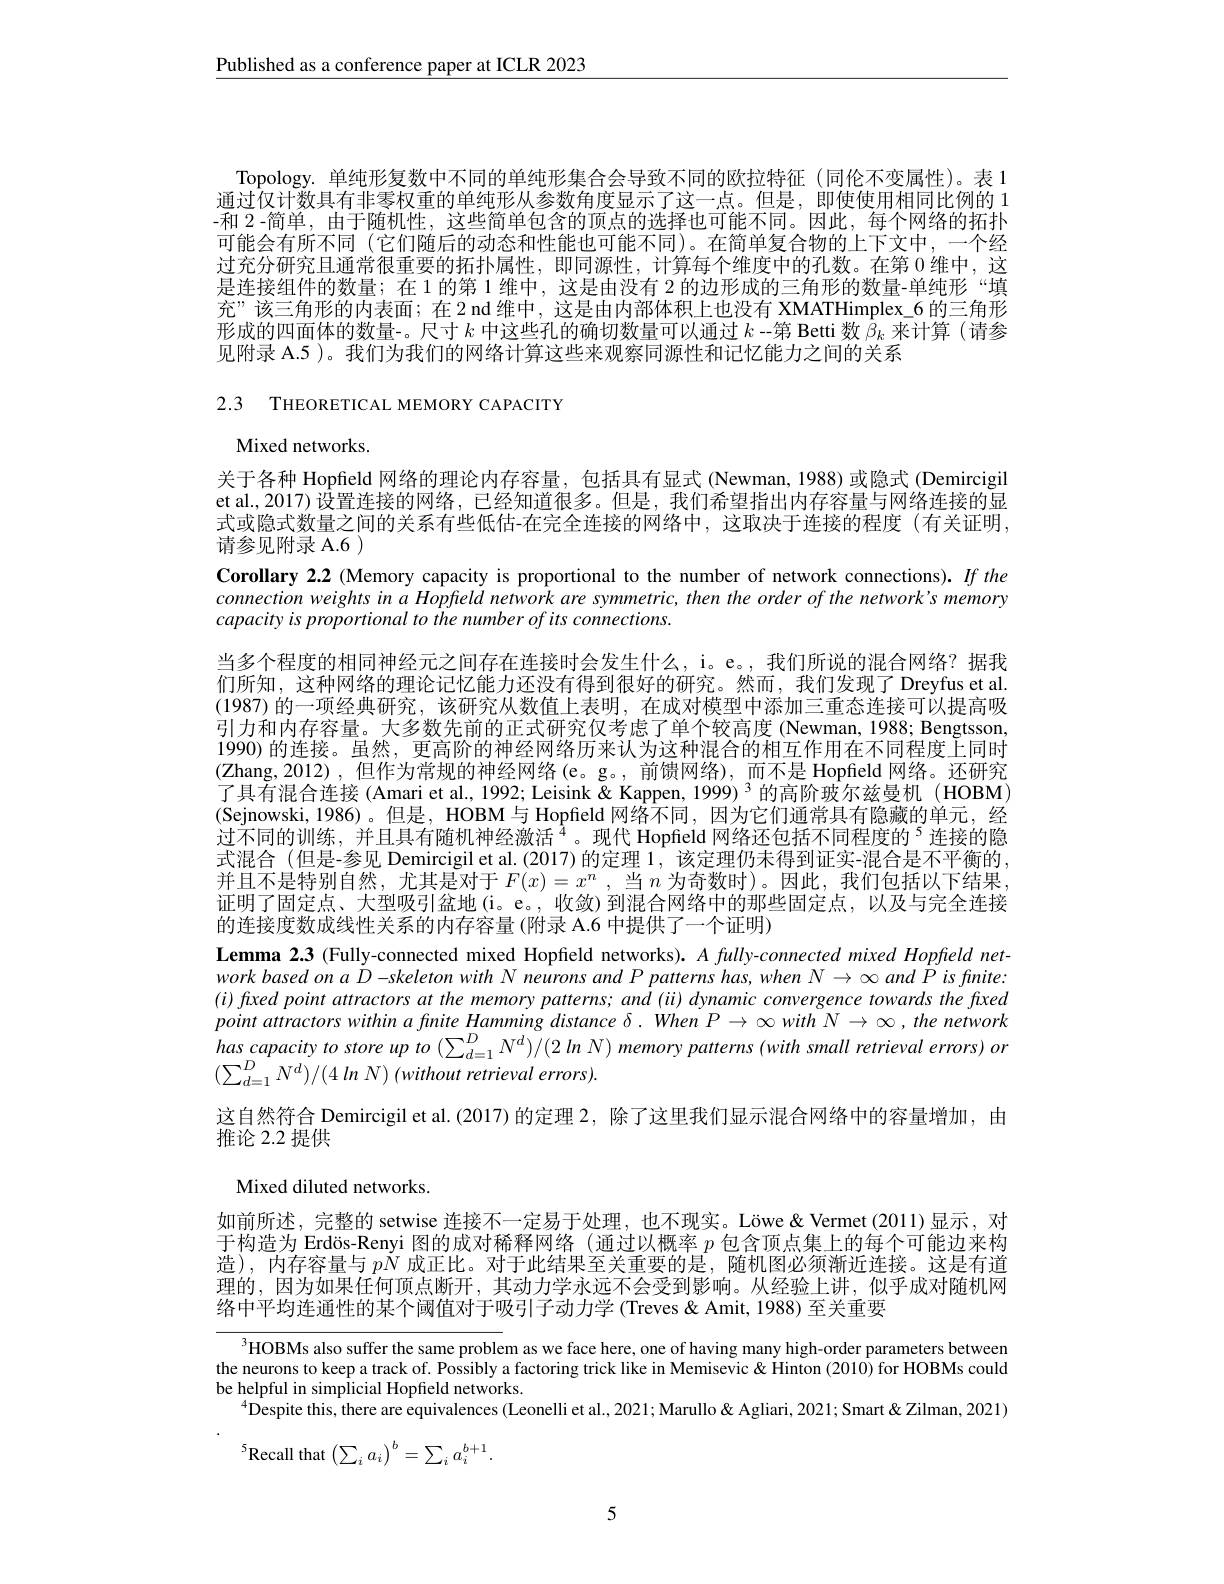
Published as a conference paper at ICLR 2023

Topology. 单纯形复数中不同的单纯形集合会导致不同的欧拉特征(同伦不变属性)。表 1通过仅计数具有非零权重的单纯形从参数角度显示了这一点。但是，即使使用相同比例的 1 -和 2 -简单，由于随机性，这些简单包含的顶点的选择也可能不同。因此，每个网络的拓扑可能会有所不同(它们随后的动态和性能也可能不同)。在简单复合物的上下文中，一个经过充分研究且通常很重要的拓扑属性，即同源性，计算每个维度中的孔数。在第 0 维中，这是连接组件的数量；在1的第1维中，这是由没有 2 的边形成的三角形的数量-单纯形“填充”该三角形的内表面；在 2 nd 维中，这是由内部体积上也没有 XMATHimplex\_6 的三角形形成的四面体的数量-。尺寸$k$中这些孔的确切数量可以通过$k$ -第 Betti 数$\hat{\beta}_k$来计算(请参见附录 A.5 )。我们为我们的网络计算这些来观察同源性和记忆能力之间的关系

2.3 THEORETICAL MEMORY CAPACITY

Mixed networks.
关于各种 Hopfield 网络的理论内存容量，包括具有显式 (Newman,1988)或隐式 (Demircigil et al., 2017) 设置连接的网络，已经知道很多。但是，我们希望指出内存容量与网络连接的显式或隐式数量之间的关系有些低估-在完全连接的网络中，这取决于连接的程度(有关证明， 请参见附录 A.6 )
Corollary 2.2 (Memory capacity is proportional to the number of network connections). If the connection weights in a Hopfeld network are symmetric, then the order of the network's memory capacity is proportional to the number of its connections.
当多个程度的相同神经元之间存在连接时会发生什么，i。e。,我们所说的混合网络？据我们所知，这种网络的理论记忆能力还没有得到很好的研究。然而，我们发现了Dreyfus et al (1987)的一项经典研究，该研究从数值上表明，在成对模型中添加三重态连接可以提高吸引力和内存容量。大多数先前的正式研究仅考虑了单个较高度 (Newman, 1988; Bengtsson, 1990) 的连接。虽然，更高阶的神经网络历来认为这种混合的相互作用在不同程度上同时(Zhang,2012),但作为常规的神经网络(e。g。,前馈网络),而不是 Hopfield 网络。还研究了具有混合连接 (Amari et al., 1992; Leisink & Kappen, 1999) 3 的高阶玻尔兹曼机 (HOBM) (Sejnowski,1986)。但是，HOBM 与 Hopfield 网络不同，因为它们通常具有隐藏的单元，经过不同的训练，并且具有随机神经激活$^{4}$。现代 Hopfield 网络还包括不同程度的$^{5}$连接的隐式混合 (但是-参见 Demircigil et al. (2017)的定理 1, 该定理仍未得到证实-混合是不平衡的， 并且不是特别自然，尤其是对于$F(x)=x^n$ ,当$n$为奇数时)。因此，我们包括以下结果， 证明了固定点、大型吸引盆地(i。e。,收敛)到混合网络中的那些固定点，以及与完全连接的连接度数成线性关系的内存容量(附录 A.6 中提供了一个证明)
Lemma 2.3 (Fully-connected mixed Hopfield networks). $A$ fully-connected mixed Hopfeld network based on $aD-skeleton$ with $N$ neurons and $P$ patterns has, when $N\to\infty$ and P is finite: $(i)fxedpointatractorsatthememorypatterns;and(ii)dynamicconvergencetowardsthefxed$ $pointattractorswithinafniteHammingdistance\delta.WhenP\to\infty withN\to\infty,the$ network has capacity to store up to $(\sum_{d=1}^{D}N^{d})/(2$ In N) memory patterns (with small retrieval errors) or $( \sum _{d= 1}^DN^d) / ( 4\textit{ln N})$ $( without\textit{retrieval errors}) .$
这自然符合 Demircigil et al.(2017) 的定理 2, 除了这里我们显示混合网络中的容量增加，由
推论 2.2 提供
Mixed diluted networks.
如前所述，完整的 setwise 连接不一定易于处理，也不现实。Löwe &Vermet(2011)显示，对于构造为 Erdös-Renyi 图的成对稀释网络 (通过以概率$p$包含顶点集上的每个可能边来构造),内存容量与$pN$成正比。对于此结果至关重要的是，随机图必须渐近连接。这是有道理的，因为如果任何顶点断开，其动力学永远不会受到影响。从经验上讲，似乎成对随机网

络中平均连通性的某个阈值对于吸引子动力学 (Treves & Amit, 1988) 至关重要

$^{3}$HOBMs also suffer the same problem as we face here, one of having many high-order parameters between the neurons to keep a track of. Possibly a factoring trick like in Memisevic & Hinton (2010) for HOBMs could be helpful in simplicial Hopfield networks.
$^{4}$Despite this, there are equivalences (Leonelli et al., 2021; Marullo & Agliari, 2021; Smart & Zilman, 2021)
$^{5}$Recall that$\left(\sum_ia_i\right)^b=\sum_ia_i^{b+1}.$

5